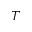
T